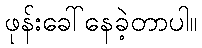
ဖုန်းခေါ်နေခဲ့တာပါ။